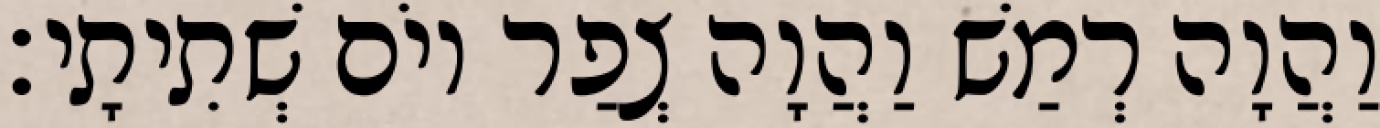
וַהֲוָה רְמַשׁ וַהֲוָה צְפַר יוֹם שְׁתִיתָי׃